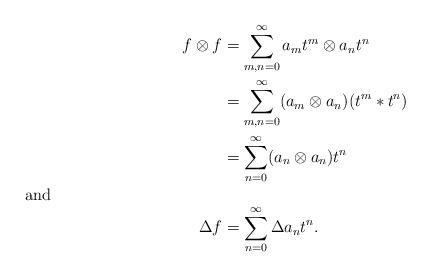
LaTeX: \begin{align*}f\otimes f&= \sum_{m,n=0}^\infty a_mt^m \otimes a_n t^n\\ &= \sum_{m,n=0}^\infty (a_m \otimes a_n) (t^m * t^n)\\ &=\sum_{n=0}^\infty (a_n \otimes a_n) t^n\shortintertext{and}\Delta f&=\sum_{n=0}^\infty \Delta a_n t^n.\end{align*}